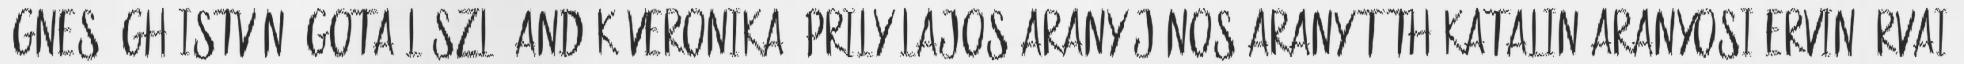
Ágnes,Ágh István,Ágota László,Andók Veronika,Áprily Lajos,Arany János,Arany Tóth Katalin,Aranyosi Ervin,Árvai